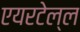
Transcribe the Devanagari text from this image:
एयरटेल्ल